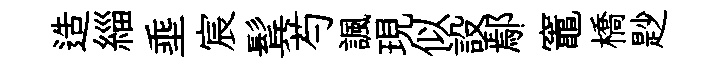
造緇埀宸鬂芍諷現似設鄢竈橋尟